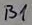
Text: B1